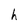
Character: h